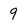
Character: 9